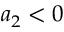
{ a _ { 2 } < 0 }